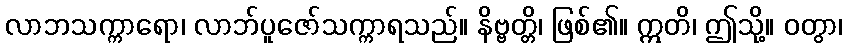
လာဘသက္ကာရော၊ လာဘ်ပူဇော်သက္ကာရသည်။ နိဗ္ဗတ္တိ၊ ဖြစ်၏။ ဣတိ၊ ဤသို့။ ဝတွာ၊